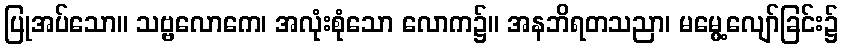
ပြုအပ်သော။ သဗ္ဗလောကေ၊ အလုံးစုံသော လောက၌။ အနဘိရတသညာ၊ မမွေ့လျော်ခြင်း၌